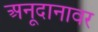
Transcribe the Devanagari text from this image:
अनूदानावर